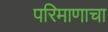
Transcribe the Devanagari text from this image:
परिमाणाचा